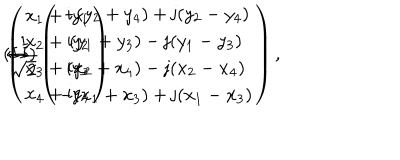
( I I ) \hspace { 3 m m } \left( \begin{array} { c } { { x _ { 1 } + \mathrm { i } y _ { 1 } } } \\ { { x _ { 2 } + \mathrm { i } y _ { 2 } } } \\ { { x _ { 3 } + \mathrm { i } y _ { 3 } } } \\ { { x _ { 4 } + \mathrm { i } y _ { 4 } } } \\ \end{array} \right) \hspace { 3 m m } \leftrightarrow \hspace { 3 m m } \frac { 1 } { \sqrt { 2 } } \left( \begin{array} { c } { { - ( y _ { 2 } + y _ { 4 } ) + \mathrm { j } ( y _ { 2 } - y _ { 4 } ) } } \\ { { ( y _ { 1 } + y _ { 3 } ) - \mathrm { j } ( y _ { 1 } - y _ { 3 } ) } } \\ { { ( x _ { 2 } + x _ { 4 } ) - \mathrm { j } ( x _ { 2 } - x _ { 4 } ) } } \\ { { - ( x _ { 1 } + x _ { 3 } ) + \mathrm { j } ( x _ { 1 } - x _ { 3 } ) } } \\ \end{array} \right) ,